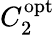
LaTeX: C_{2}^{\mathrm{{opt}}}